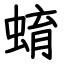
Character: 蜟